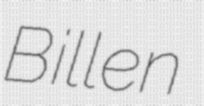
Billen